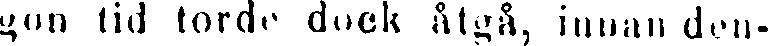
gon tid torde dock åtgå, innan den-